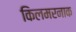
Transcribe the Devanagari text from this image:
किलमरनाक